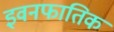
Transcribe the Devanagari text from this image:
इवनफातिक